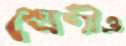
শ্রেণীও